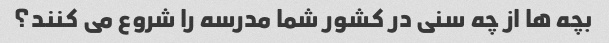
بچه ها از چه سنی در کشور شما مدرسه را شروع می کنند؟